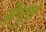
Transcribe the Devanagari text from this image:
सैमुल